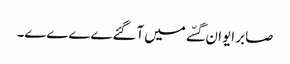
صابر ایوان گسّے میں آگئےےےےے۔